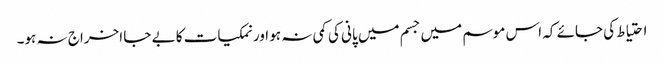
احتیاط کی جائے کہ اس موسم میں جسم میں پانی کی کمی نہ ہو اور نمکیات کا بے جا اخراج نہ ہو۔